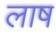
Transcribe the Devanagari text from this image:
लाष